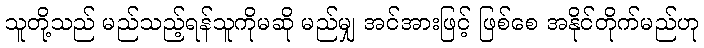
သူတို့သည် မည်သည့်ရန်သူကိုမဆို မည်မျှ အင်အားဖြင့် ဖြစ်စေ အနိုင်တိုက်မည်ဟု